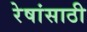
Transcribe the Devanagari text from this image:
रेषांसाठी